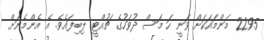
2295 މަންމައަކަށް ވަނީ ހަ މަސް ދުވަހުގެ ޗުއްޓީ ލިބިފައެވެ. އެ އެންމެނަށް